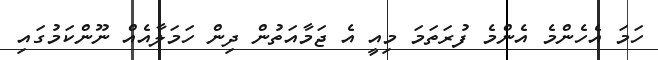
ހަމަ އެހެންމެ އެންމެ ފުރަތަމަ މިއީ އެ ޖަމާއަތުން ދިން ހަމަލާއެއް ނޫންކަމުގައި